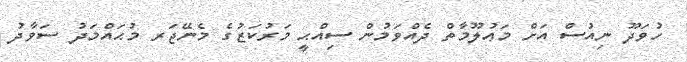
ހުވަދޫ ނިއުސް އަށް މަޢުލޫމާތް ދެއްވަމުން ސިއްޙީ މަރުކަޒުގެ މެނޭޖަރ މުޙައްމަދު ސަވާދު